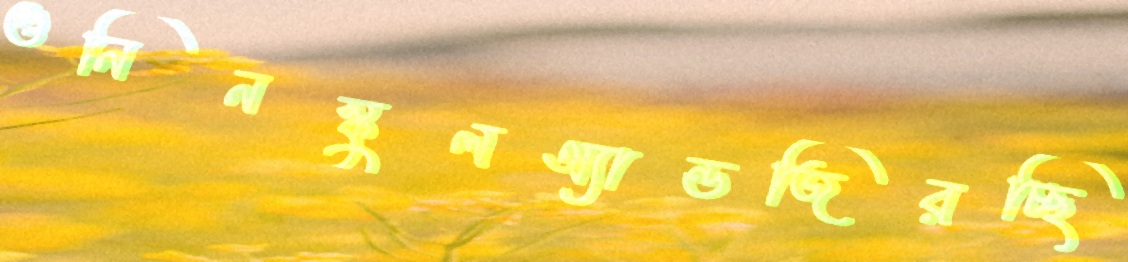
গুনিনস্কুলঅ্যান্ডজিরচ্ছি